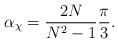
LaTeX: \begin{align*}\alpha_\chi={2N \over N^2-1}{\pi \over 3}.\end{align*}